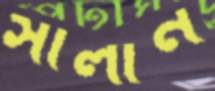
সালান